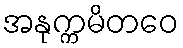
အနုက္ကမိတဝေ